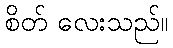
စိတ် လေးသည်။